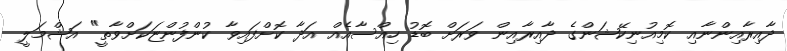
ދާއިރާއިންނާއި ކޮމިއުނިކޭޝަންގެ ދާއިރާއިން ވަރަށް ބޮޑު ހިއްސާއެއް އަދާ ކޮށްފައިވާ ކުންފުންޏަކަށްވާތީ" އަޝްމަލީ